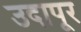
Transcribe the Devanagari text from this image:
उदापूर